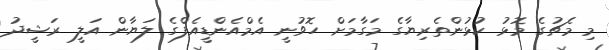
މި މެޗުގެ މޮޅު ކުޅުންތެރިޔާގެ މަގާމަށް ހޮވުނީ އެމްއެންޑީއެފްގެ ލަޔާން އަލީ ރަޝީދު